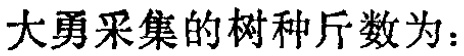
大勇采集的树种斤数为：